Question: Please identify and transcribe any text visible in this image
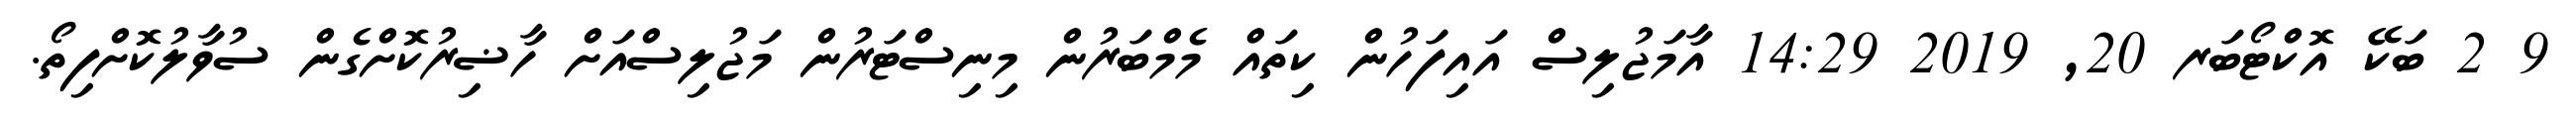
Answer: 9 2 ބަކޭ އޮކްޓޯބަރ 20, 2019 14:29 އާމަޖުލިސް އައިފަހުން ކިތައް މެމްބަރުން މިނިސްޓަރުން މަޖުލިސްއަށް ހާޟިރުކޮށްގެން ސުވާލުކޮށްފިތޯ.